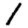
Digit: 1